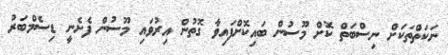
ނަކަތްތަކަށް ނިސްބަތް ކޮށް މޫސުން ބައިކޮށްފައިވާ ގޮތުން އިރުވައި މޫސުން ފެށެނީ ޑިސެމްބަރު